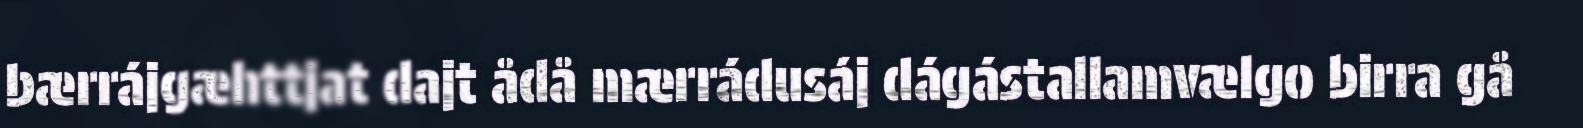
bærrájgæhttjat dajt ådå mærrádusáj dágástallamvælgo birra gå